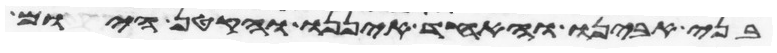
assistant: בני אבינו והאחד איננו והקטן היום